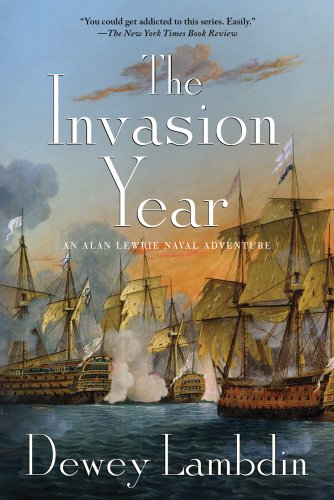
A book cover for The Invasion Year: An Alan Lewrie Naval Adventure (Alan Lewrie Naval Adventures); Dewey Lambdin; Literature & Fiction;